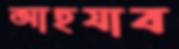
আহযাব